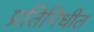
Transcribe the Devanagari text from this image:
प्रतिनिधीत